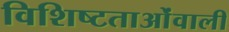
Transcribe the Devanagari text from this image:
विशिष्टताओंवाली